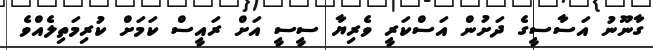
ގާނޫނު އަސާސީގެ ދަށުން އަސްކަރީ ވެރިޔާ ސީސީ އަށް ރައީސް ކަމަށް ކުރިމަތިލެއްވެ